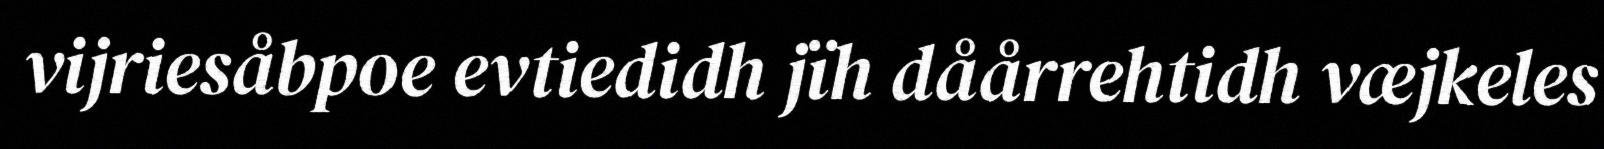
vijriesåbpoe evtiedidh jïh dåårrehtidh væjkeles